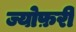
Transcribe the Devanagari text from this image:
ज्योफ़री